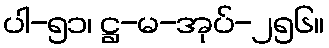
ပါ-၅၁၊ ဋ္ဌ-မ-အုပ်-၂၅၆။